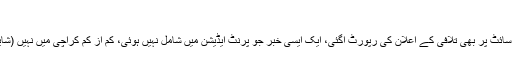
)
اتفاقاً آج دی نیوز کی ویب سائٹ پر بھی تلافی کے اعلان کی رپورٹ آگئی، ایک ایسی خبر جو پرنٹ ایڈیشن میں شامل نہیں ہوئی، کم از کم کراچی میں نہیں (شاید پنڈی میں شائع ہوئی ہو)۔